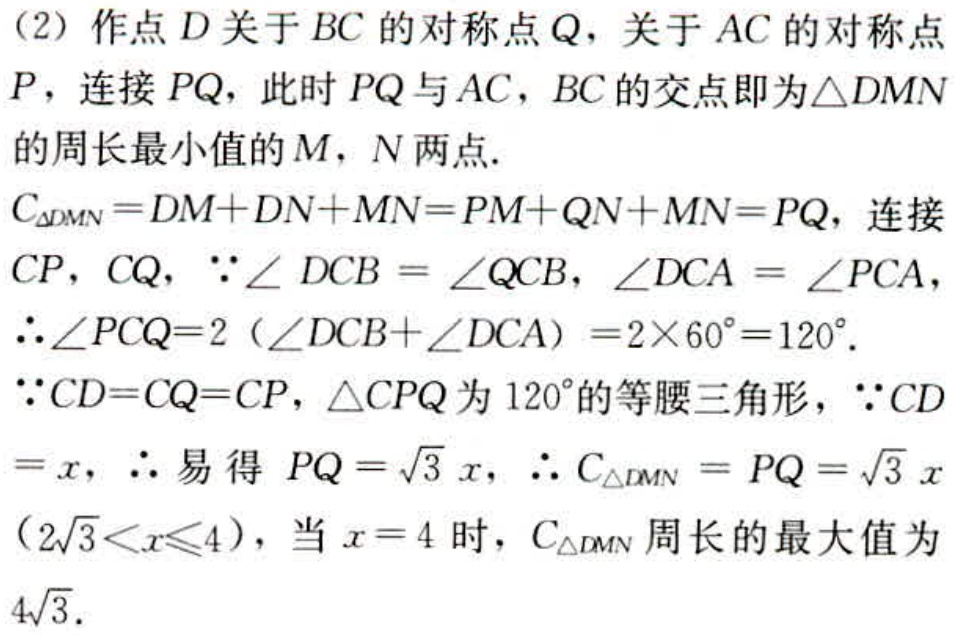
(2) 作点 \(D\) 关于 \(BC\) 的对称点 \(Q\)，关于 \(AC\) 的对称点 \(P\)，连接 \(PQ\)，此时 \(PQ\) 与 \(AC\)，\(BC\) 的交点即为\(\triangle DMN\) 的周长最小值的 \(M\)，\(N\) 两点.
\(C_{\triangle DMN}=DM + DN+MN = PM + QN+MN = PQ\)，连接 \(CP\)，\(CQ\)，\(\because\angle DCB=\angle QCB\)，\(\angle DCA=\angle PCA\)，
\(\therefore\angle PCQ = 2(\angle DCB+\angle DCA)=2\times60^{\circ}=120^{\circ}\).
\(\because CD = CQ = CP\)，\(\triangle CPQ\) 为 \(120^{\circ}\) 的等腰三角形，\(\because CD=x\)，\(\therefore\) 易得 \(PQ=\sqrt{3}x\)，\(\therefore C_{\triangle DMN}=PQ=\sqrt{3}x\) \((2\sqrt{3}<x\leqslant4)\)，当 \(x = 4\) 时，\(C_{\triangle DMN}\) 周长的最大值为 \(4\sqrt{3}\).